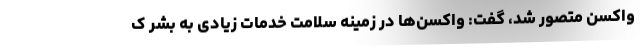
واکسن متصور شد، گفت: واکسن‌ها در زمینه سلامت خدمات زیادی به بشر ک